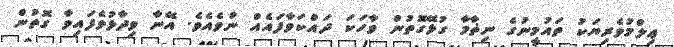
ޢިލްމުވެރިޔަކު ތައުމީނުގެ ނިޡާމާ ގުޅޭގޮތުން ވާހަކަ ދައްކަވާފައެއް ނުވެއެވެ. އޭނާ ވިދާޅުވެފައިވާ ގޮތުން